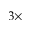
3 \times